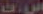
ست